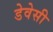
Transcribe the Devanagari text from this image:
डेवेसी